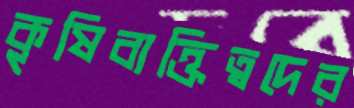
কৃষিব্যক্তিত্বদের